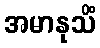
အမာနုသိံ